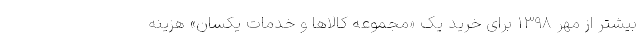
بیشتر از مهر ۱۳۹۸ برای خرید یک «مجموعه کالاها و خدمات یکسان» هزینه